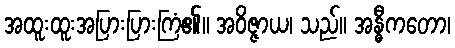
အထူးထူးအပြားပြားကြံ၏။ အဝိဇ္ဇာယ၊ သည်။ အန္ဓီကတော၊